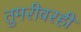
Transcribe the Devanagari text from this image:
तुमरीवरही